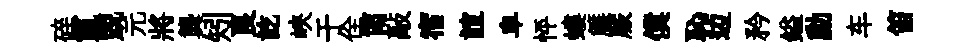
碎鬣兢元將龔矧良訖峽于佺甯敲宿誼皁怦螻簾蕨僕恥边矜鎰勳车笛